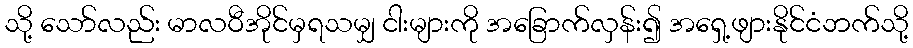
သို့ သော်လည်း မာလဝီအိုင်မှရသမျှ ငါးများကို အခြောက်လှန်း၍ အရှေ့ဖျားနိုင်ငံဘက်သို့